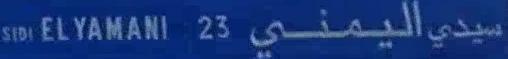
SIIDI EL YAMANI 23